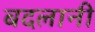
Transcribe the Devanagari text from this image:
बदलानी